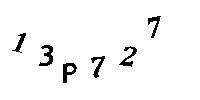
13P727